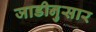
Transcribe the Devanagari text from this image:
जाडीनुसार